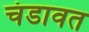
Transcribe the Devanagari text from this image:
चंडावत